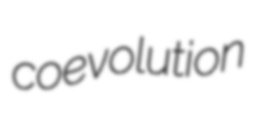
coevolution